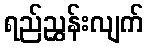
ရည်ညွှန်းလျက်